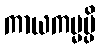
ကာယကမ္မမ္ပိ